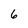
Character: 6